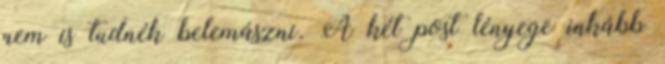
nem is tudnék belemászni. A két post lényege inkább